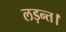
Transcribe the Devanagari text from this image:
लड़न्त।